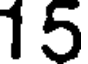
15